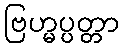
ဗြဟ္မပ္ပတ္တာ